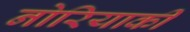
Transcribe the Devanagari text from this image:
नोरियाकी